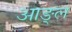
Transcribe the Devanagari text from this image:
आङ्ल